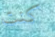
كنت